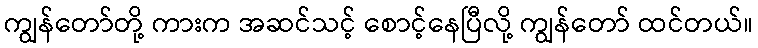
ကျွန်တော်တို့ ကားက အဆင်သင့် စောင့်နေပြီလို့ ကျွန်တော် ထင်တယ်။